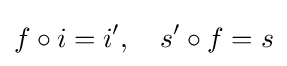
f\circ i=i',\quad s'\circ f=s